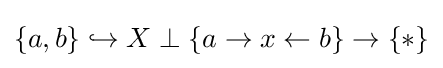
\{a,b\}\hookrightarrow X\perp \{a\to x\leftarrow b\}\to \{*\}